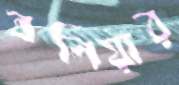
বলিয়ার